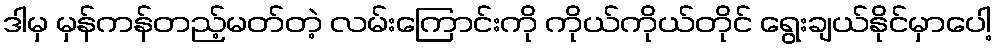
ဒါမှ မှန်ကန်တည့်မတ်တဲ့ လမ်းကြောင်းကို ကိုယ်ကိုယ်တိုင် ရွေးချယ်နိုင်မှာပေါ့